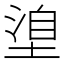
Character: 𭏈